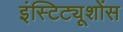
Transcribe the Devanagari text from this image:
इंस्टिट्यूशोंस